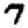
Digit: 7